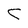
Character: C